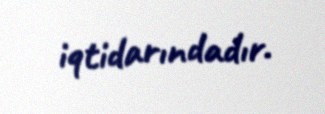
iqtidarındadır.